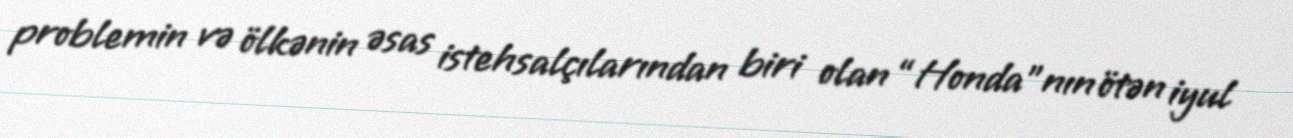
problemin və ölkənin əsas istehsalçılarından biri olan “Honda”nın ötən iyul